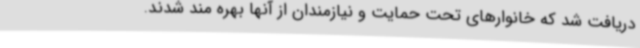
دریافت شد که خانوارهای تحت حمایت و نیازمندان از آنها بهره مند شدند.